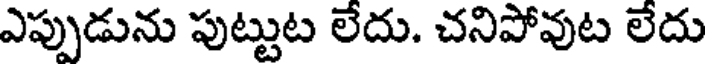
ఎప్పుడును పుట్టుట లేదు. చనిపోవుట లేదు